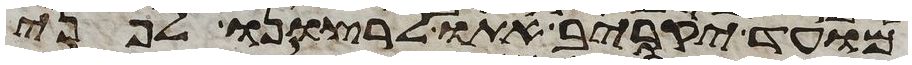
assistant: מועד יקריב אתו לרצונו לפני